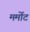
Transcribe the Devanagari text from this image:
मर्मोट